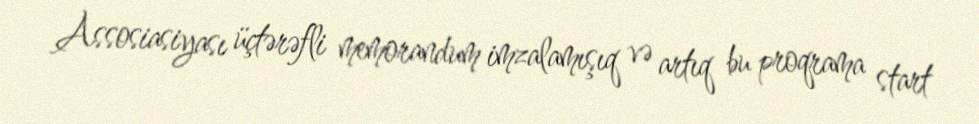
Assosiasiyası üçtərəfli memorandum imzalamışıq və artıq bu proqrama start